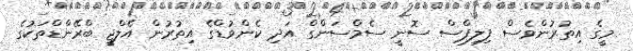
މީގެ އިތުރުންވެސް ފިލިޕްސް ސޮނީ ސެމްސަންގް އަދި ކެންވުޑްގެ އިތުރުން އެލްޖީ ބްރޭންޑްތަކުގެ